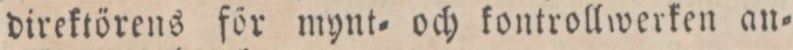
direktörens för mynt= och kontrollwerken an=